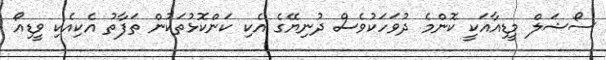
ސޯޝަލް މީޑިއާއަކީ ކޮންމެ ދުވަހަކުވެސް ދުނިޔޭގެ އެކި ކަންކޮޅުތަކުން ތަފާތު އެކިއެކި ވީޑިއޯ